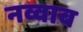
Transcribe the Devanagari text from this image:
नव्वाब